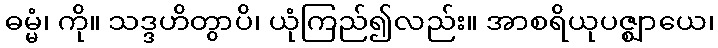
ဓမ္မံ၊ ကို။ သဒ္ဒဟိတွာပိ၊ ယုံကြည်၍လည်း။ အာစရိယုပဇ္ဈာယေ၊